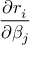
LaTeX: \frac { \partial r _ { i } } { \partial \beta _ { j } }